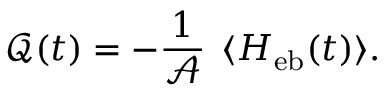
\mathcal { Q } ( t ) = - \frac { 1 } { \mathcal { A } } \, \frac { \d } { \d t } \langle H _ { \mathrm { e b } } ( t ) \rangle .